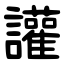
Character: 讙